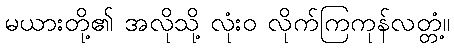
မယားတို့၏ အလိုသို့ လုံးဝ လိုက်ကြကုန်လတ္တံ့။